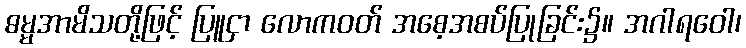
ဓမ္မအာမိသတို့ဖြင့် ပြူငှာ လောကဝတ် အစေ့အစပ်ပြုခြင်း၌။ အဂါရဝေါ၊